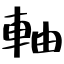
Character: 軸